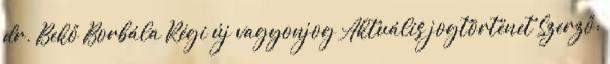
dr. Bekő Borbála Régi új vagyonjog Aktuális jogtörténet Szerző: